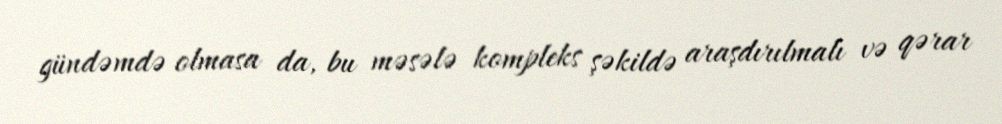
gündəmdə olmasa da, bu məsələ kompleks şəkildə araşdırılmalı və qərar